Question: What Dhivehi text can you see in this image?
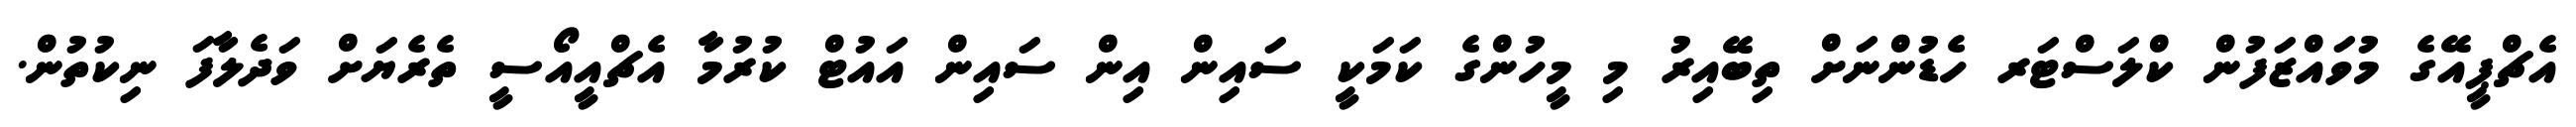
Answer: އެޗްޕީއޭގެ މުވައްޒަފުން ކްލަސްޓަރ ހެޑުންނަށް ތިބޭއިރު މި މީހުންގެ ކަމަކީ ސައިން އިން ސައިން އައުޓް ކުރުމާ އެޗްއީއޯސީ ތެރެޔަށް ވަދެލާފަ ނިކުތުން.